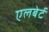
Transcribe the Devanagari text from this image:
एलबेर्ट